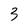
Character: 3